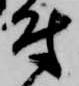
付